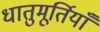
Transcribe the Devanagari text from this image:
धातुमूर्तियाँ